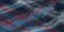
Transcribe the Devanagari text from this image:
सूर्यस्